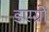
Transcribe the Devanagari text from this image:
डएग्रो